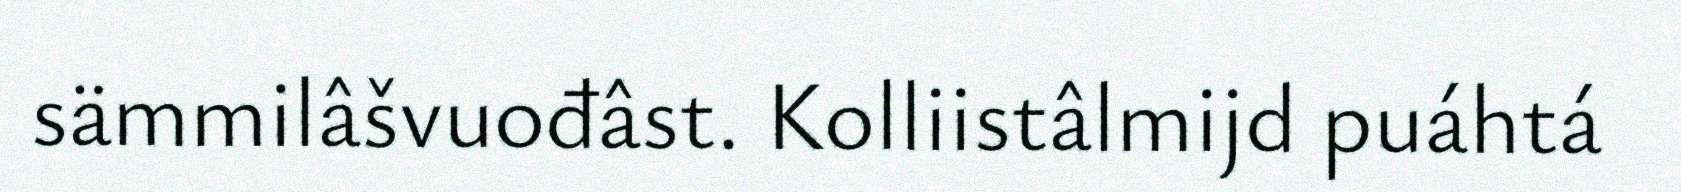
sämmilâšvuođâst. Kolliistâlmijd puáhtá